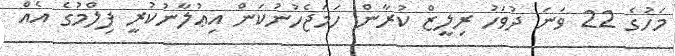
މަހުގެ 22 ވަނަ ދުވަހު ރިލީޒް ކުރާން ހަމަޖެހުނުކަން އިޢުލާނުކުރީ ފިލްމުގެ އެއް